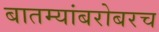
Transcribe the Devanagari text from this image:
बातम्यांबरोबरच